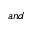
a n d